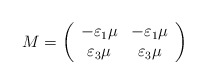
\begin{align*}M=\left( \begin{array}{cc}-\varepsilon_1\mu &-\varepsilon_1\mu\\\varepsilon_3\mu &\varepsilon_{3}\mu\end{array}\right) \end{align*}